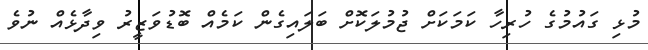
މުޅި ގައުމުގެ ހުރިހާ ކަމަކަށް ޖުމުލަކޮށް ބަލައިގެން ކަމެއް ބޮޑުވަޒީރު ވިދާޅެއް ނުވެ